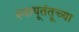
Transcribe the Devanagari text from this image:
स्नायूतंतूच्या